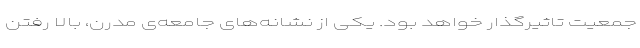
جمعیت تاثیرگذار خواهد بود. یکی از نشانه‌های جامعه‌ی مدرن، بالا رفتن